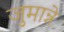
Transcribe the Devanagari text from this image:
जुमान्ने